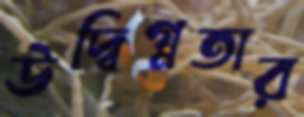
উদ্বিগ্নতার